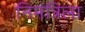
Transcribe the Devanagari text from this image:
निमंत्रिला